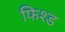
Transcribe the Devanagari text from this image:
फिश्ड